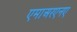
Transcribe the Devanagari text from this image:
एमाअरएनए